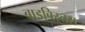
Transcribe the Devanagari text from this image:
बाडबिस्तरा